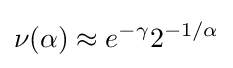
\nu (\alpha )\approx e^{-\gamma }2^{-1/\alpha }